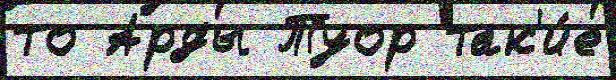
то Арды Туор так'и́е